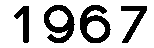
1967